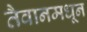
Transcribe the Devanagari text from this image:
तैवानमधून